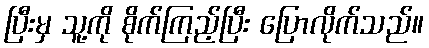
ပြီးမှ သူ့ကို စိုက်ကြည့်ပြီး ပြောလိုက်သည်။